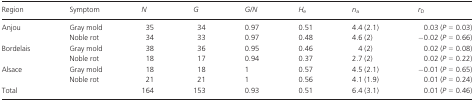
<table><thead><tr><td><b>Region</b></td><td><b>Symptom</b></td><td><b><i>N</i></b></td><td><b><i>G</i></b></td><td><b><i>G/N</i></b></td><td><b><i>H</i><sub>e</sub></b></td><td><b><i>n</i><sub>a</sub></b></td><td><b><i>r</i><sub>D</sub></b></td></tr></thead><tbody><tr><td rowspan="2">Anjou</td><td>Gray mold</td><td>35</td><td>34</td><td>0.97</td><td>0.51</td><td>4.4 (2.1)</td><td>0.03 (<i>P</i> = 0.03)</td></tr><tr><td>Noble rot</td><td>34</td><td>33</td><td>0.97</td><td>0.48</td><td>4.6 (2)</td><td>−0.02 (<i>P</i> = 0.66)</td></tr><tr><td rowspan="2">Bordelais</td><td>Gray mold</td><td>38</td><td>36</td><td>0.95</td><td>0.46</td><td>4 (2)</td><td>0.02 (<i>P</i> = 0.08)</td></tr><tr><td>Noble rot</td><td>18</td><td>17</td><td>0.94</td><td>0.37</td><td>2.7 (2)</td><td>0.02 (<i>P</i> = 0.22)</td></tr><tr><td rowspan="2">Alsace</td><td>Gray mold</td><td>18</td><td>18</td><td>1</td><td>0.57</td><td>4.5 (2.1)</td><td>−0.01 (<i>P</i> = 0.65)</td></tr><tr><td>Noble rot</td><td>21</td><td>21</td><td>1</td><td>0.56</td><td>4.1 (1.9)</td><td>0.01 (<i>P</i> = 0.24)</td></tr><tr><td>Total</td><td></td><td>164</td><td>153</td><td>0.93</td><td>0.51</td><td>6.4 (3.1)</td><td>0.01 (<i>P</i> = 0.46)</td></tr></tbody></table>